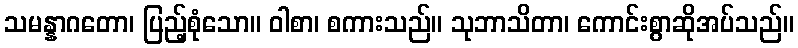
သမန္နာဂတော၊ ပြည့်စုံသော။ ဝါစာ၊ စကားသည်။ သုဘာသိတာ၊ ကောင်းစွာဆိုအပ်သည်။